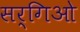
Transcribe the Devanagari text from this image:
सर्गिओ